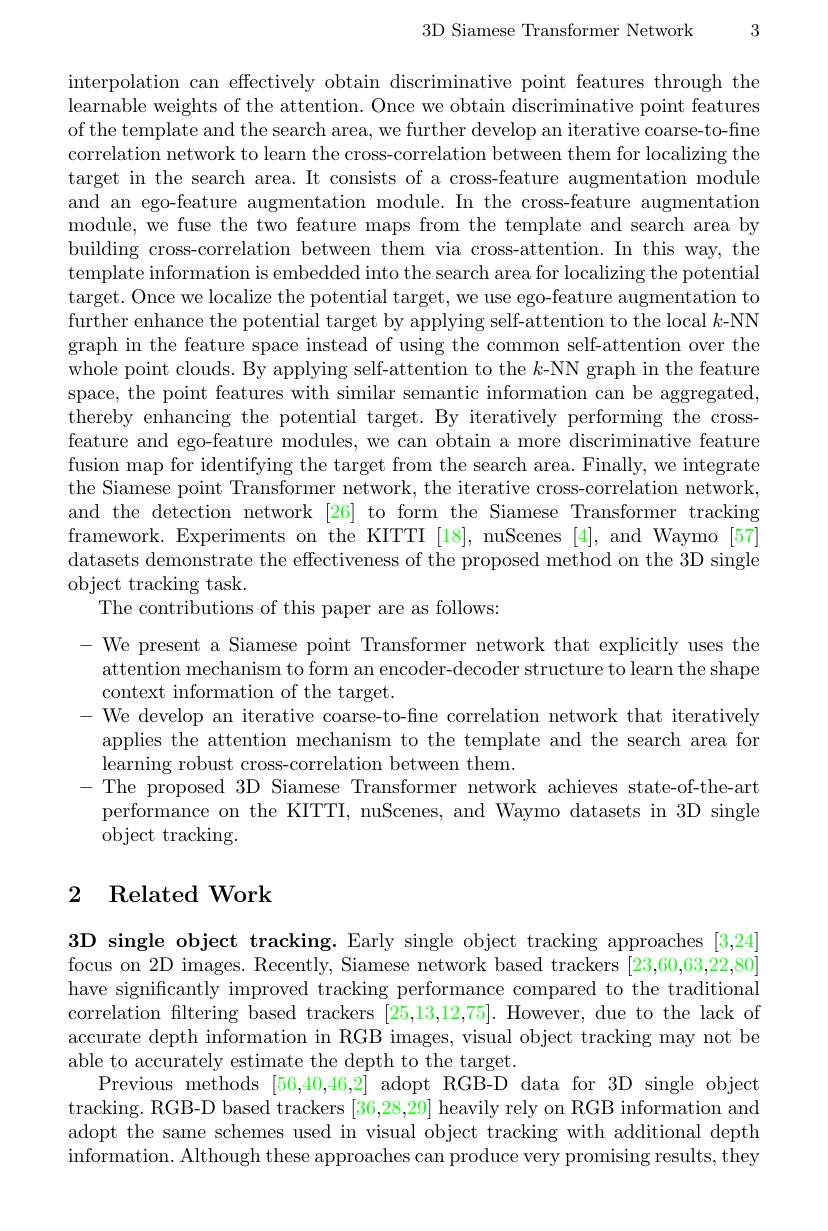
3D Siamese Transformer Network

3

interpolation can effectively obtain discriminative point features through the learnable weights of the attention. Once we obtain discriminative point features of the template and the search area, we further develop an iterative coarse-to-fine correlation network to learn the cross-correlation between them for localizing the target in the search area. It consists of a cross-feature augmentation module and an ego-feature augmentation module. In the cross-feature augmentation module, we fuse the two feature maps from the template and search area by building cross-correlation between them via cross-attention. In this way, the template information is embedded into the search area for localizing the potential target. Once we localize the potential target, we use ego-feature augmentation to further enhance the potential target by applying self-attention to the local $k$-NN graph in the feature space instead of using the common self-attention over the whole point clouds. By applying self-attention to the $k$-NN graph in the feature space, the point features with similar semantic information can be aggregated, thereby enhancing the potential target. By iteratively performing the crossfeature and ego-feature modules, we can obtain a more discriminative feature fusion map for identifying the target from the search area. Finally, we integrate the Siamese point Transformer network, the iterative cross-correlation network, and the detection network [26] to form the Siamese Transformer tracking framework. Experiments on the KITTI [18], nuScenes [4], and Waymo [57] datasets demonstrate the effectiveness of the proposed method on the 3D single object tracking task.
The contributions of this paper are as follows:
- We present a Siamese point Transformer network that explicitly uses the
attention mechanism to form an encoder-decoder structure to learn the shape
context information of the target.
- We develop an iterative coarse-to-fine correlation network that iteratively applies the attention mechanism to the template and the search area for learning robust cross-correlation between them.
-The proposed 3D Siamese Transformer network achieves state-of-the-art
performance on the KITTI, nuScenes, and Waymo datasets in 3D single
object tracking.

# 2 Related Work

3D single object tracking. Early single object tracking approaches [3,24] focus on 2D images. Recently, Siamese network based trackers [23,60,63,22,80] have significantly improved tracking performance compared to the traditional correlation fltering based trackers [25,13,12,75]. However, due to the lack of accurate depth information in RGB images, visual object tracking may not be able to accurately estimate the depth to the target.
Previous methods [56,40,46,2] adopt RGB-D data for 3D single object tracking. RGB-D based trackers [36,28,29] heavily rely on RGB information and adopt the same schemes used in visual object tracking with additional depth information. Although these approaches can produce very promising results, they